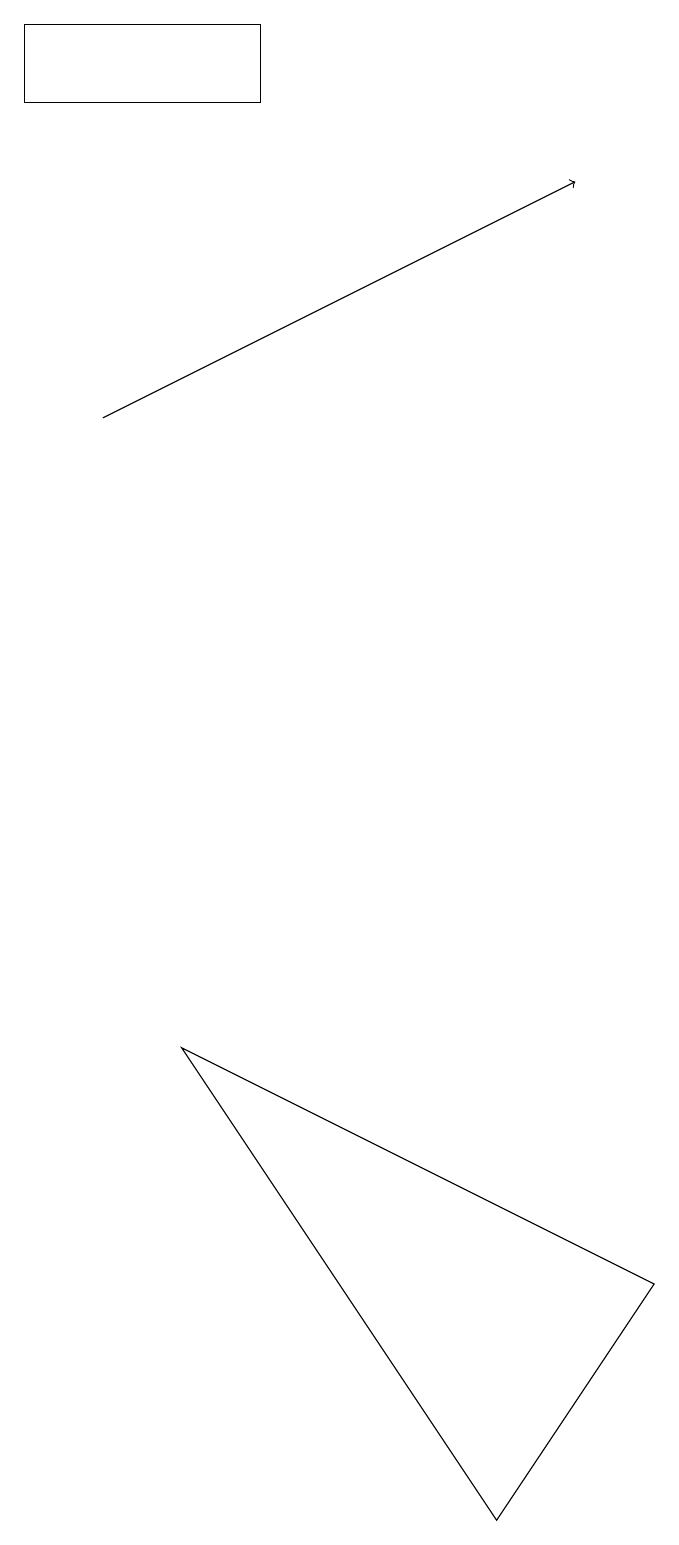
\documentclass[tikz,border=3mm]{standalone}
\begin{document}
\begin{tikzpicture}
\draw (4,18) rectangle (1,19);
\draw (3,6) -- (7,0) -- (9,3) -- cycle;
\draw[->] (2,14) -- (8,17);
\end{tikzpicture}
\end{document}